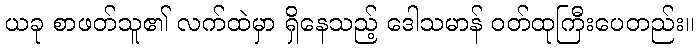
ယခု စာဖတ်သူ၏ လက်ထဲမှာ ရှိနေသည့် ဒေါသမာန် ဝတ်ထုကြီးပေတည်း။